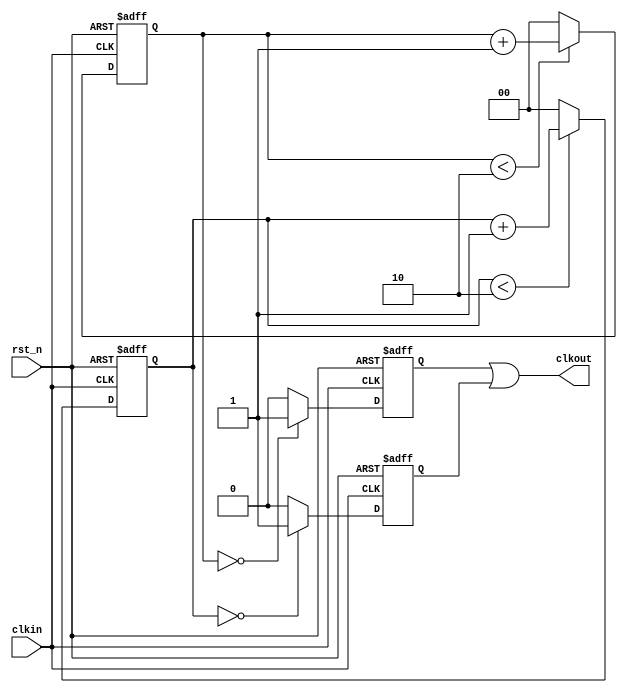

module test_div3_v2(clkin,rst_n,clkout);
	input clkin;
	input rst_n;
	output clkout;

	reg pos,neg;
	reg [1:0] cnt1,cnt2;

	always @(posedge clkin or negedge rst_n)
		begin
			if(!rst_n)
				cnt1<=2'd0;
			else
				begin
					if(cnt1<2'd2)
						cnt1<=cnt1+1'b1;
					else	
						cnt1<=2'd0;
				end
		end

	always @(posedge clkin or negedge rst_n)
		begin
			if(!rst_n)
				begin
					pos<=1'b0;
				end
			else
				begin
					case(cnt1)
						2'd0:pos<=1'b1;
						2'd1:pos<=1'd0;
						2'd2:pos<=1'd0;
						default:pos<=1'b0;
					endcase
				end
		end

	always @(negedge clkin or negedge rst_n)
		begin
			if(!rst_n)
				cnt2<=2'd0;
			else
				begin
					if(cnt2<2'd2)
						cnt2<=cnt2+1'b1;
					else	
						cnt2<=2'd0;
				end
		end

	always @(negedge clkin or negedge rst_n)
		begin
			if(!rst_n)
				begin
					neg<=1'b0;
				end
			else
				begin
					case(cnt2)
						2'd0:neg<=1'b1;
						2'd1:neg<=1'd0;
						2'd2:neg<=1'd0;
						default:neg<=1'b0;
					endcase
				end
		end

	assign clkout=pos||neg;
endmodule